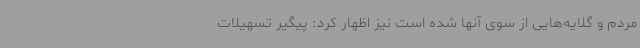
مردم و گلایه‌هایی از سوی آنها شده است نیز اظهار کرد: پیگیر تسهیلات